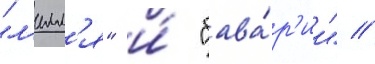
"л'илл'я" и́ "бава́р'ии" //